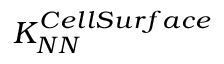
K _ { N N } ^ { C e l l S u r f a c e }